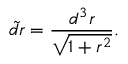
\tilde { d r } = { \frac { d ^ { 3 } r } { \sqrt { 1 + r ^ { 2 } } } } .